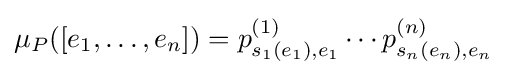
\mu _{P}([e_{1},\dots ,e_{n}])=p_{s_{1}(e_{1}),e_{1}}^{(1)}\cdots p_{s_{n}(e_{n}),e_{n}}^{(n)}